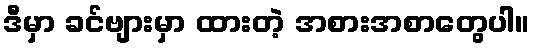
ဒီမှာ ခင်ဗျားမှာ ထားတဲ့ အစားအစာတွေပါ။